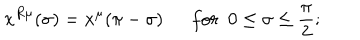
x ^ { R \mu } ( \sigma ) = x ^ { \mu } ( \pi - \sigma ) f o r ~ ~ 0 \leq \sigma \leq \frac { \pi } { 2 } ;